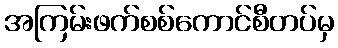
အကြမ်းဖက်စစ်ကောင်စီတပ်မှ